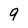
Character: 9